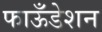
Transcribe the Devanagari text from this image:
फाऊँडेशन